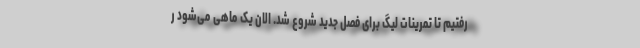
رفتیم تا تمرینات لیگ برای فصل جدید شروع شد. الان یک ماهی می‌شود ر